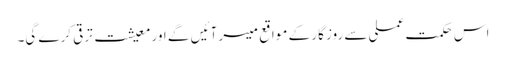
اس حکمت عملی سے روز گار کے مواقع میسر آئیں گے اور معیشت ترقی کرے گی۔